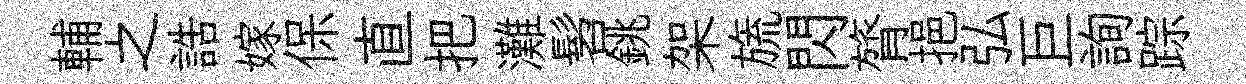
輔之誥嫁保直把灘髫銚架旒閃膂挹弘巨詢踪